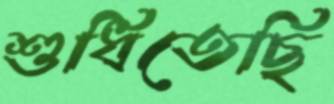
শুধিতেছি